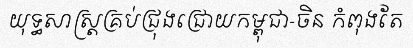
យុទ្ធសាស្ត្រគ្រប់ជ្រុងជ្រោយកម្ពុជា-ចិន កំពុងតែ